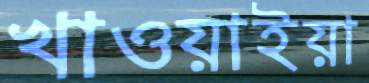
খাওয়াইয়া